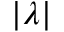
| \lambda |